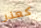
كعذر